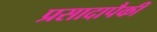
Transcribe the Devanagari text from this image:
प्रसादापैकी